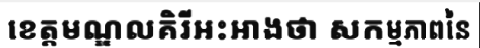
ខេត្តមណ្ឌលគិរីអះអាងថា សកម្មភាពនៃ